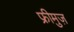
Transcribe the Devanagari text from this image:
फ्रीमुज़